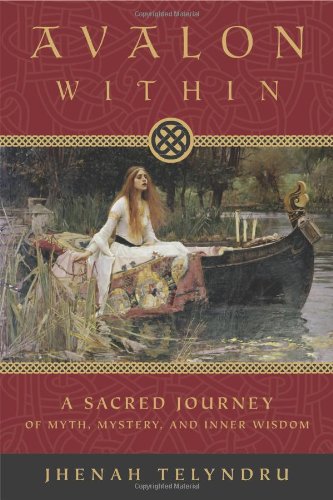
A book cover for Avalon Within: A Sacred Journey of Myth, Mystery, and Inner Wisdom; Jhenah Telyndru; Religion & Spirituality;